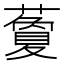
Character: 藑